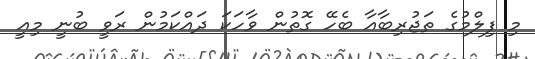
މި ފިލްމުގެ ތަޖުރިބާއާ ބެހޭ ގޮތުން ވާހަކަ ދައްކަމުން ރަވީ ބުނީ މިއީ